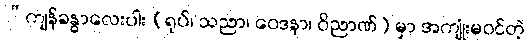
“ကျန်ခန္ဓာလေးပါး (ရုပ်၊ သညာ၊ ဝေဒနာ၊ ဝိညာဏ်) မှာ အကျုံးမဝင်တဲ့